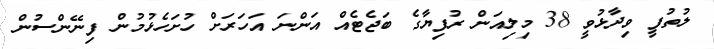
ލުތުފީ ވިދާޅުވީ 38 މިލިއަން ރުފިޔާގެ ބަޖެޓެއް އަންނަ އަހަރަށް ހުށަހެޅުމުން ފިނޭންސުން